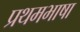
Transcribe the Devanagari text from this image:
प्रथमभाषा